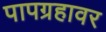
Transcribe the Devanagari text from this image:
पापग्रहावर